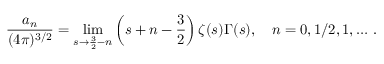
\frac { a _ { n } } { ( 4 \pi ) ^ { 3 / 2 } } = \operatorname * { l i m } _ { s \to \frac { 3 } { 2 } - n } \left( s + n - \frac { 3 } { 2 } \right) \zeta ( s ) \Gamma ( s ) , \quad n = 0 , 1 / 2 , 1 , \ldots \, { . }